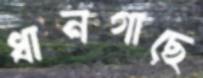
ধানগাছে